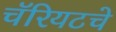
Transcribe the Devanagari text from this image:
चॅरियटचे